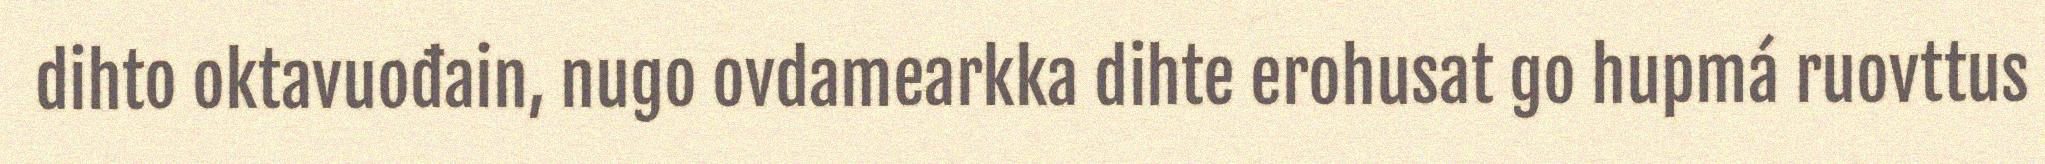
dihto oktavuođain, nugo ovdamearkka dihte erohusat go hupmá ruovttus